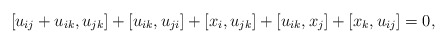
\begin{gather*}[u_{ij}+u_{ik},u_{jk}]+[u_{ik}, u_{ji}] +[x_i,u_{jk}]+[u_{ik},x_j]+[x_k,u_{ij}]=0,\end{gather*}